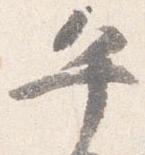
午